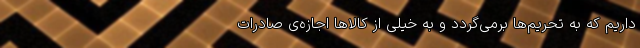
داریم که به تحریم‌ها برمی‌گردد و به خیلی از کالاها اجازه‌ی صادرات